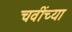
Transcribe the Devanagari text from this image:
चवींच्या